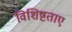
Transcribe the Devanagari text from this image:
विशिष्टताए